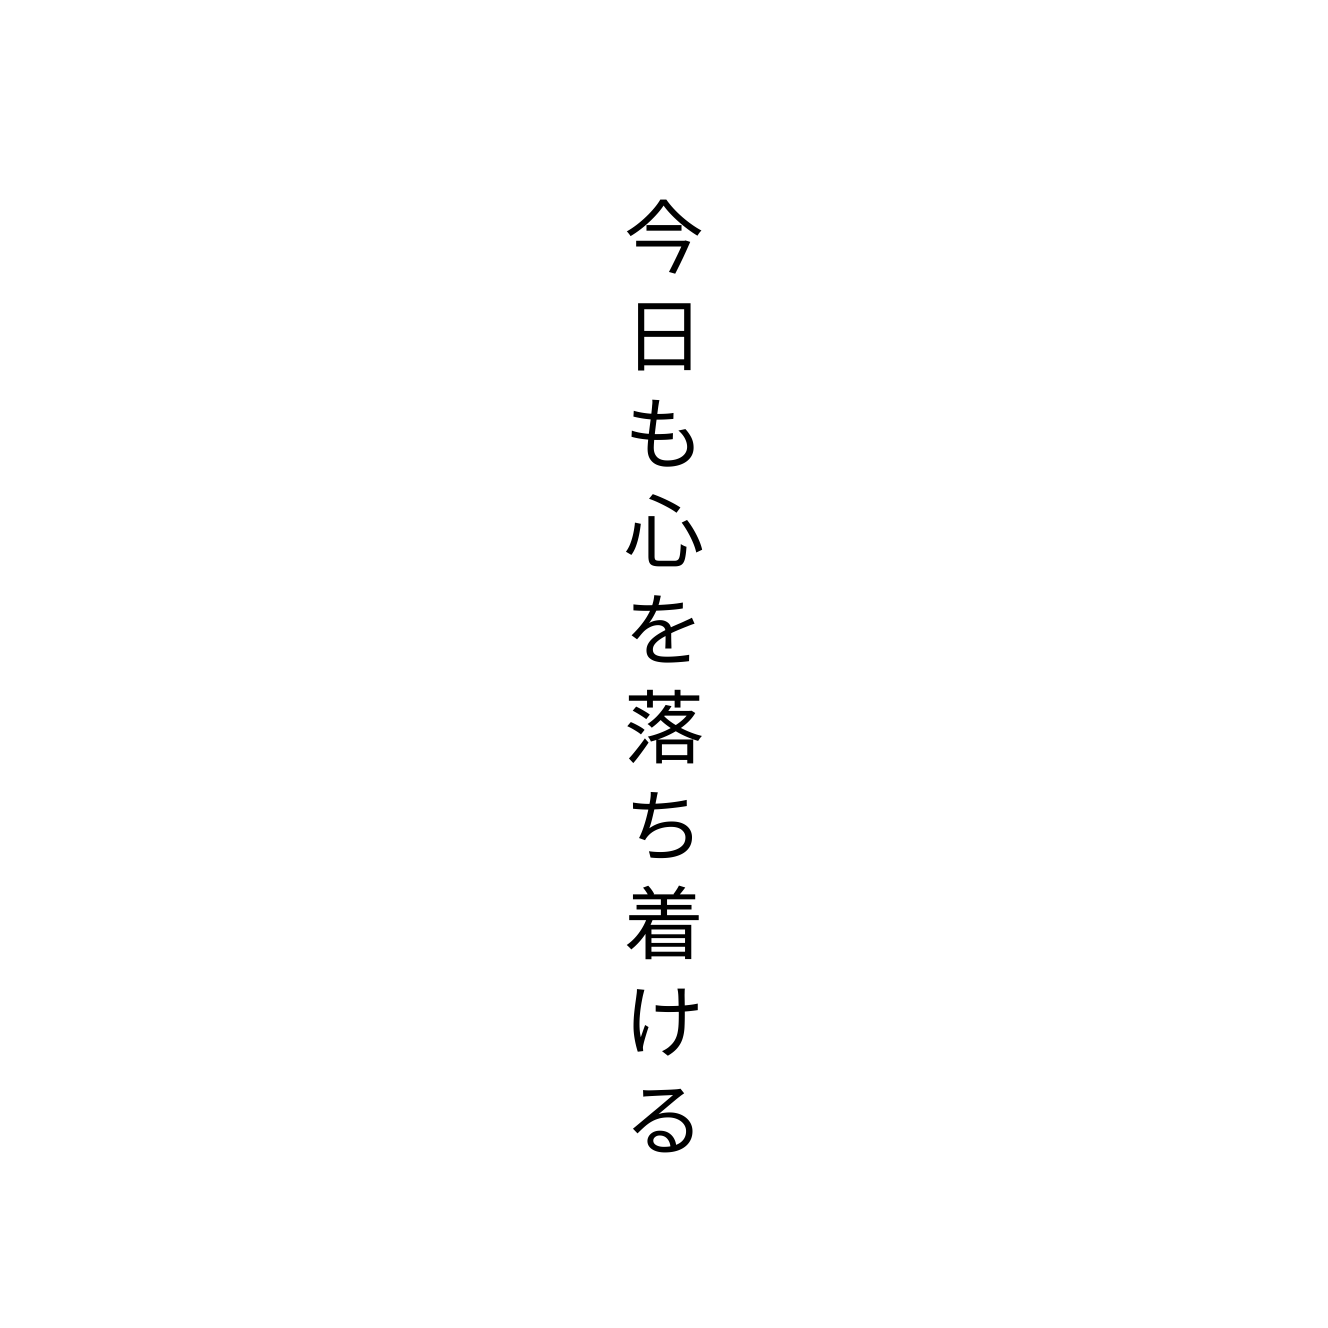
今日も心を落ち着ける